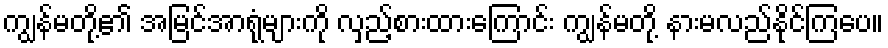
ကျွန်မတို့၏ အမြင်အာရုံများကို လှည့်စားထားကြောင်း ကျွန်မတို့ နားမလည်နိုင်ကြပေ။